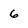
Character: 6